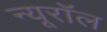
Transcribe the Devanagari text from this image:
न्यूरॉल